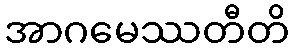
အာဂမေဿတီတိ